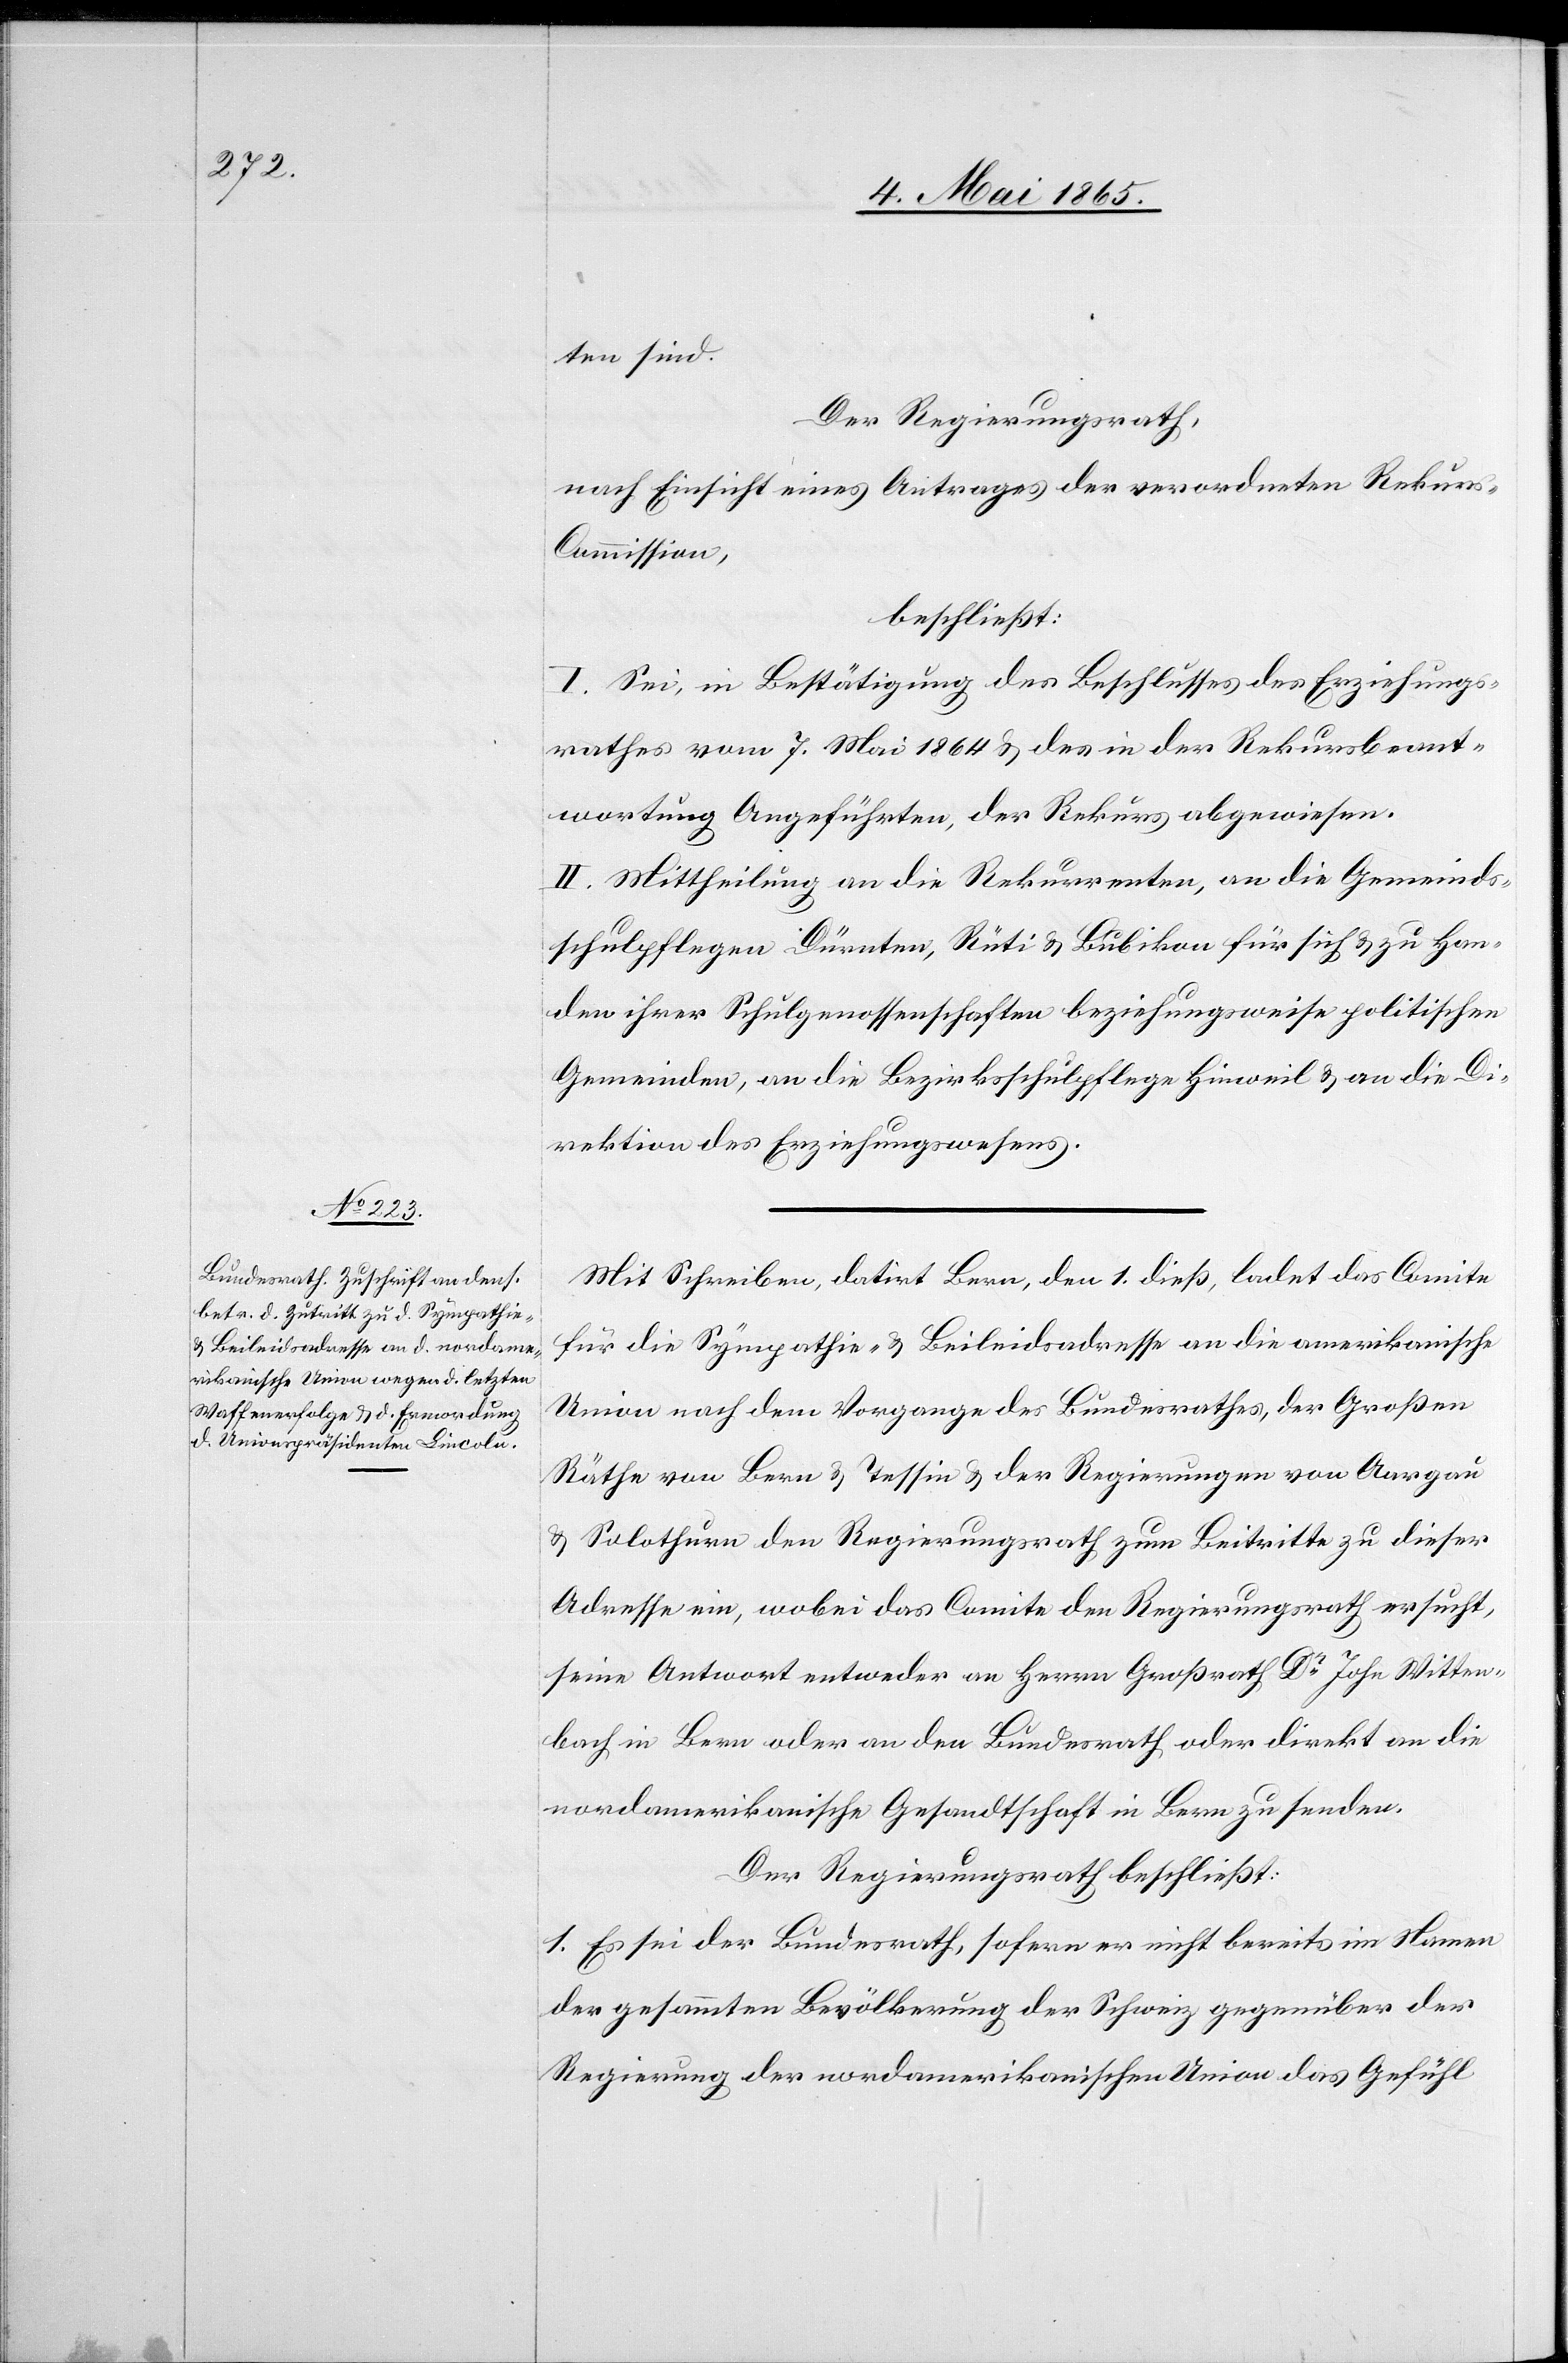
ten sind.
Der Regierungsrath,
nach Einsicht eines Antrages der verordneten Rekur¬
s-Commission,
beschließt:
I. Sei, in Bestätigung des Beschlusses des Erziehungs¬
rathes vom 7. Mai 1864 & des in der Rekursbeant¬
wortung Angeführten, der Rekurs abgewiesen.
II. Mittheilung an die Rekurrenten, an die Gemeinds¬
schulpflegen Dürnten, Rüti & Bubikon für sich & zu Han¬
den ihrer Schulgenossenschaften beziehungsweise politischen
Gemeinden, an die Bezirksschulpflege Hinweil & an die Di¬
rektion des Erziehungswesens.
Mit Schreiben, datirt Bern, den 1. dieß, ladet das Comite
für die Sympathie- & Beileidsadresse an die amerikanische
Union nach dem Vorgange des Bundesrathes, der Großen
Räthe von Bern & Tessin & der Regierungen von Aargau
& Solothurn den Regierungsrath zum Beitritte zu dieser
Adresse ein, wobei das Comite den Regierungsrath ersucht,
seine Antwort entweder an Herrn Großrath Dr John Witten¬
bach in Bern oder an den Bundesrath oder direkt an die
nordamerikanische Gesandtschaft in Bern zu senden.
Der Regierungsrath beschließt:
1. Es sei der Bundesrath, sofern er nicht bereits im Namen
der gesammten Bevölkerung der Schweiz gegenüber der
Regierung der nordamerikanischen Union das Gefühl